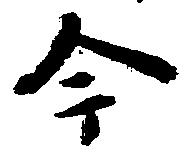
今